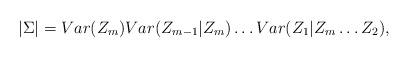
LaTeX: \begin{align*} |\Sigma| = Var(Z_m) Var(Z_{m-1} | Z_m) \dots Var(Z_1 | Z_m \dots Z_2),\end{align*}